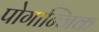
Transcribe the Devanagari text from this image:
पोगान्जिक